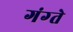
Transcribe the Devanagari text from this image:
गंग्ते